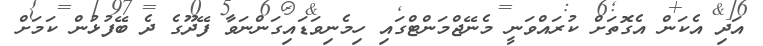
އަދި އެކަން އެގޮތަށް ކުރައްވަނީ މެނޭޖްމަންޓްގައި ހިމެނިވަޑައިގަންނަވާ ފޭދޫގެ ދެ ބޭފުޅުން ކަމަށް